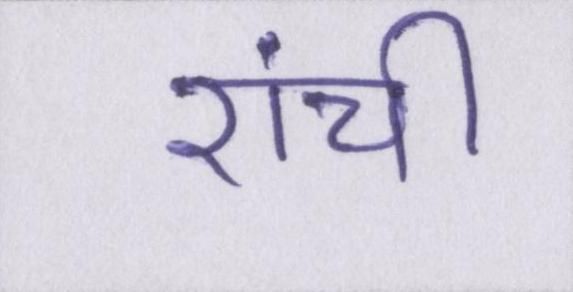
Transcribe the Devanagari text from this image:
रांची